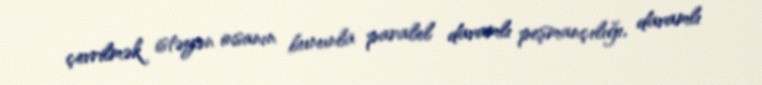
çevrilmək istəyən insanın bununla paralel davamlı peşmançılığı, davamlı